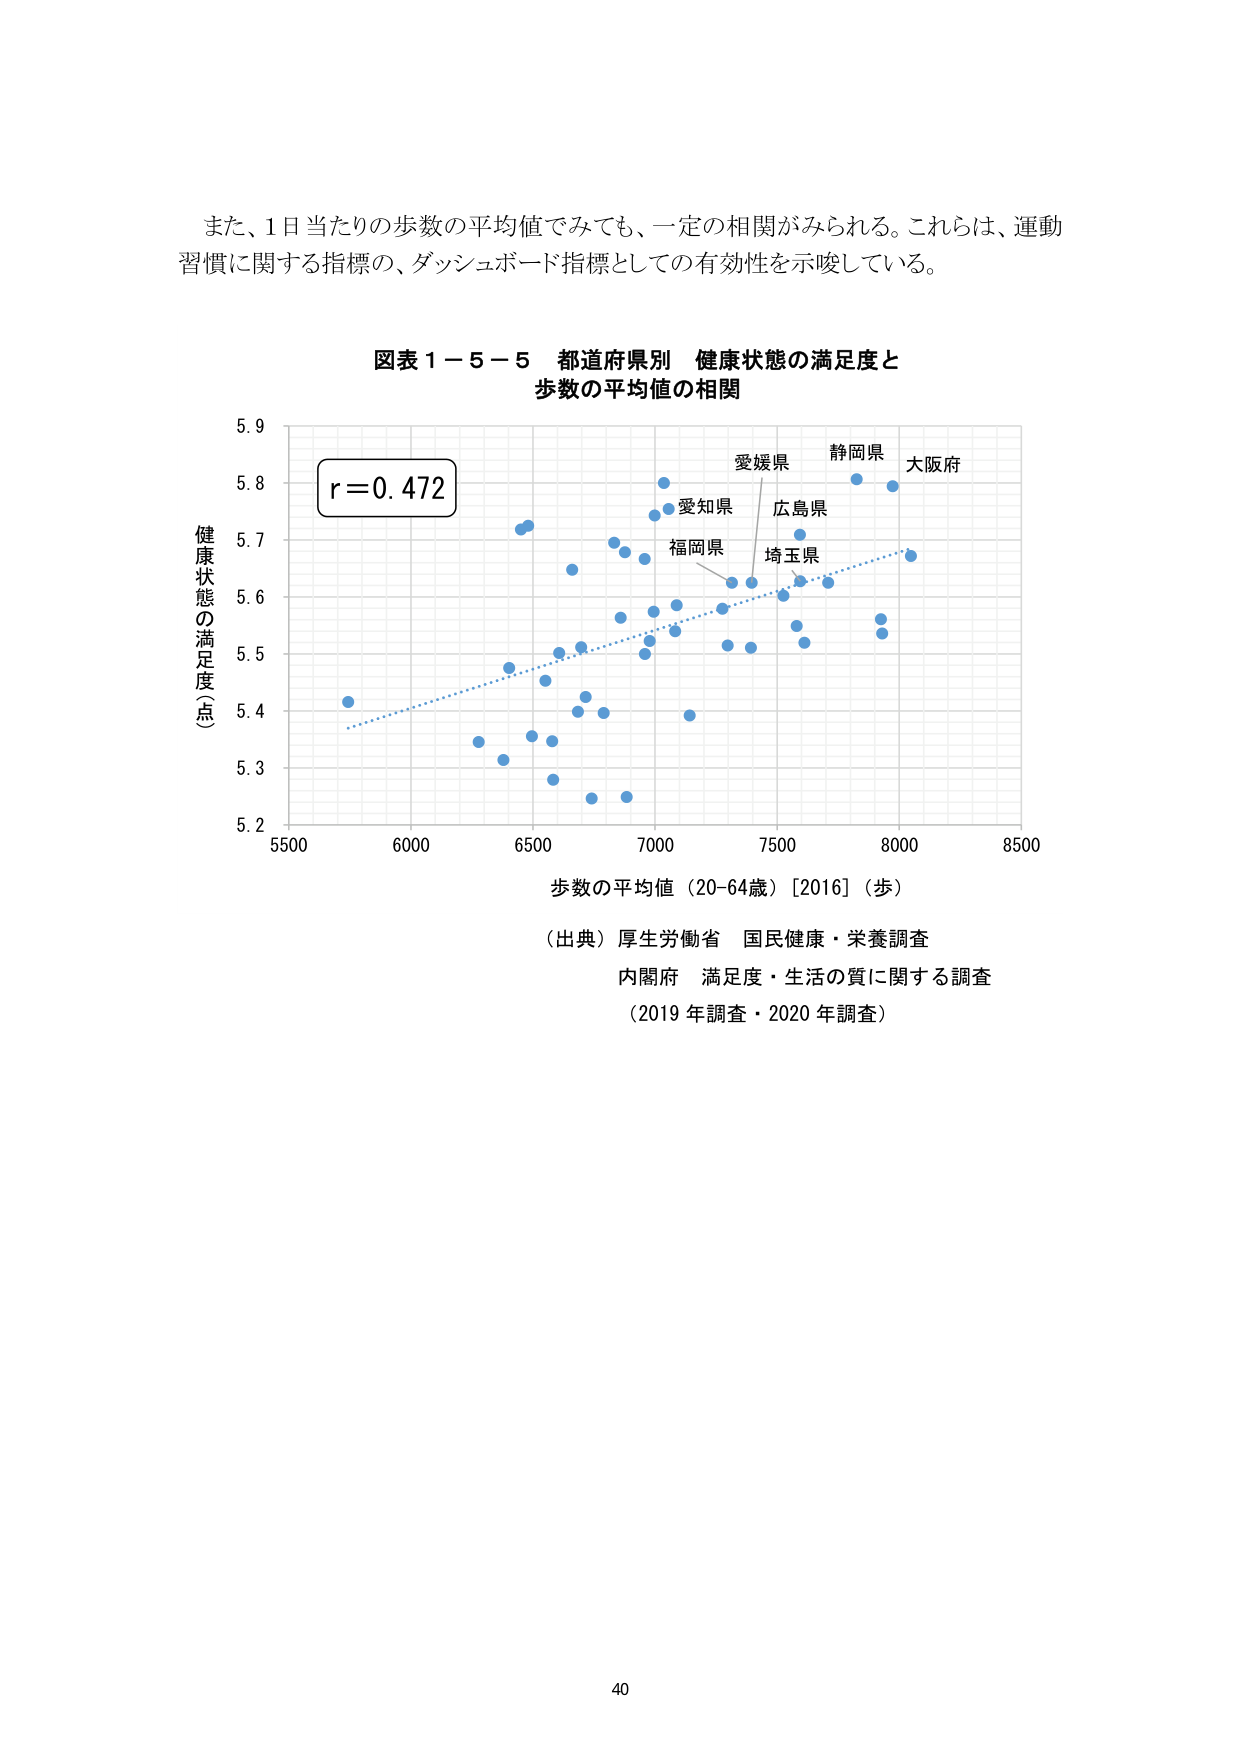
また、1日当たりの歩数の平均値でみても、一定の相関がみられる。これらは、運動習慣に関する指標の、ダッシュボード指標としての有効性を示唆している。

図表１－５－５ 都道府県別 健康状態の満足度と
歩数の平均値の相関

健康状態の満足度（点）
5.9
5.8
5.7
5.6
5.5
5.4
5.3
5.2

r = 0.472

愛媛県
静岡県
大阪府
愛知県
広島県
福岡県
埼玉県

5500 6000 6500 7000 7500 8000 8500
歩数の平均値（20-64歳）［2016］（歩）

（出典）厚生労働省 国民健康・栄養調査
内閣府 満足度・生活の質に関する調査
（2019年調査・2020年調査）

40